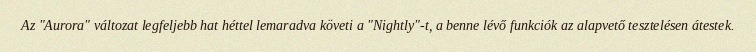
Az "Aurora" változat legfeljebb hat héttel lemaradva követi a "Nightly"-t, a benne lévő funkciók az alapvető tesztelésen átestek.